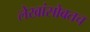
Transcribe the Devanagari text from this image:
लेखांसोबतच